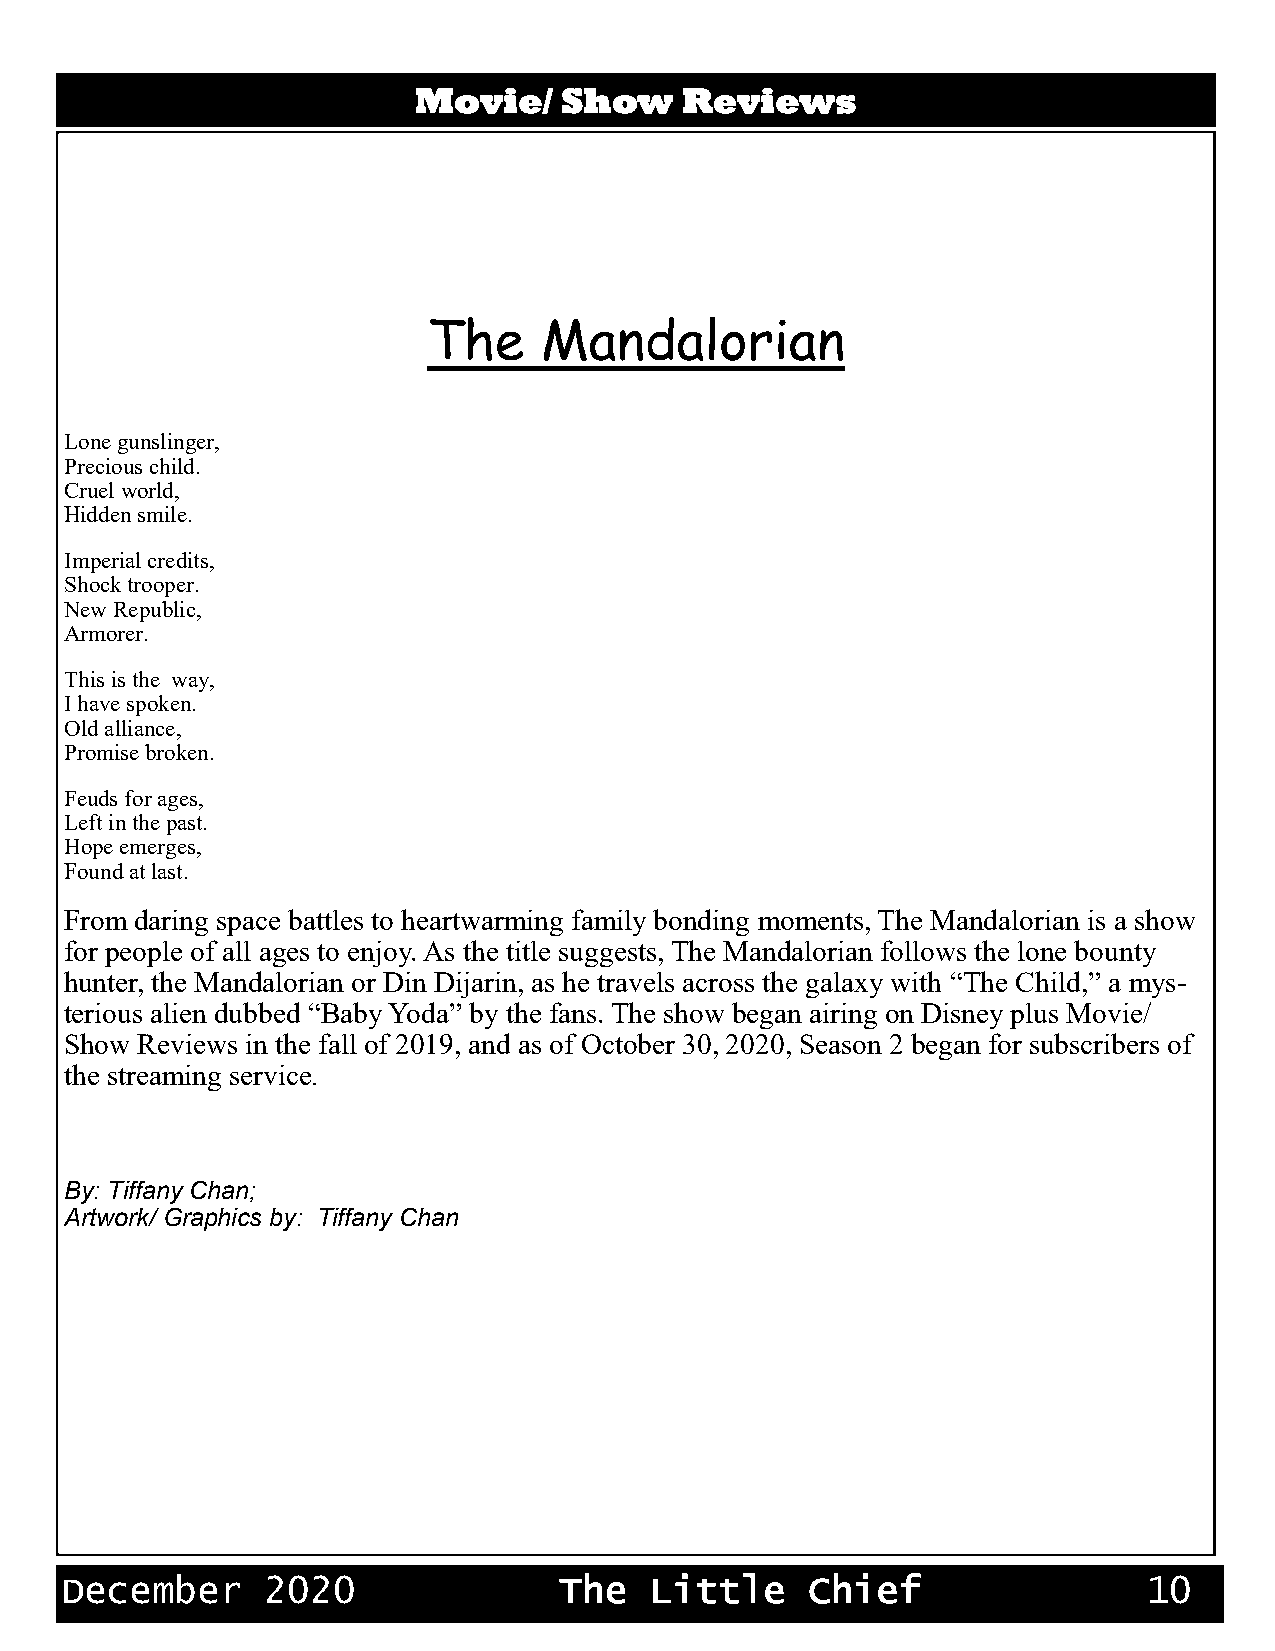
MAmoveise’ / E SSnphtooewrrtt saR ienvmieewnts
 The     Mandalorian
 Lone gunslinger,
 Precious child.
 Cruel world,
 Hidden smile.
 Imperial credits,
 Shock trooper.
 New Republic,
 Armorer.
 This is the way,
 I have spoken.
 Old alliance,
 Promise broken.
 Feuds for ages,
 Left in the past.
 Hope emerges,
 Found at last.
 From daring space battles to heartwarming family bonding moments, The Mandalorian is a show
 for people of all ages to enjoy. As the title suggests, The Mandalorian follows the lone bounty
 hunter, the Mandalorian or Din Dijarin, as he travels across the galaxy with “The Child,” a mys-
 terious alien dubbed “Baby Yoda” by the fans. The show began airing on Disney plus Movie/
 Show Reviews in the fall of 2019, and as of October 30, 2020, Season 2 began for subscribers of
 the streaming service.
 By: Tiffany Chan;
 Artwork/ Graphics by: Tiffany Chan
 December      2020               The   Little     Chief                 10